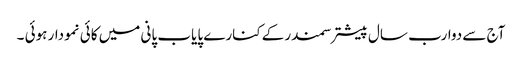
آج سے دوارب سال پیشتر سمندر کےکنارے پایاب پانی میں کائی نمودار ہوئی ۔